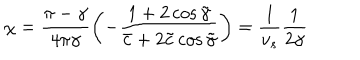
LaTeX: \chi = \frac { \pi - \gamma } { 4 \pi \gamma } \left( - \frac { 1 + 2 \cos \tilde { \gamma } } { \bar { c } + 2 \tilde { c } \cos \tilde { \gamma } } \right) = \frac { 1 } { v _ { s } } \frac { 1 } { 2 \gamma }